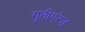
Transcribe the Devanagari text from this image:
गुतीएरेज़